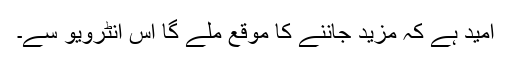
امید ہے کہ مزید جاننے کا موقع ملے گا اس انٹرویو سے۔